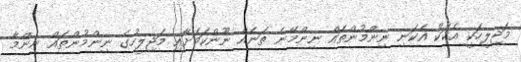
މަޖިލީހަކީ އެކަކު އެކަނި ނިންމުންތައް ނިންމޭނެ ތަނެއް ނޫންކަމަށާއި މަޖިލީހުގެ ނިންމުންތައް ނިންމާ